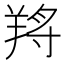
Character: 𦎆